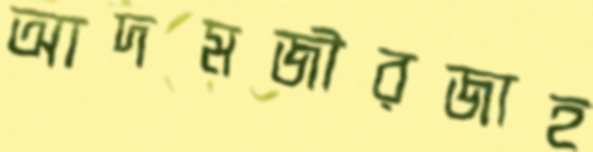
আদমজীরজাহ